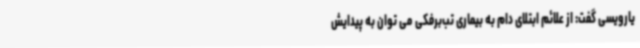
یارویسی گفت: از علائم ابتلای دام به بیماری تب‌برفکی می توان به پیدایش